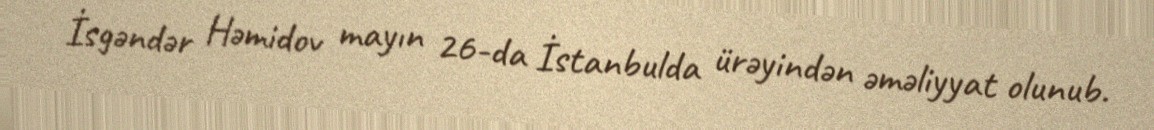
İsgəndər Həmidov mayın 26-da İstanbulda ürəyindən əməliyyat olunub.